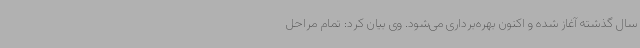
سال گذشته آغاز شده و اکنون بهره‌برداری می‌شود. وی بیان کرد: تمام مراحل